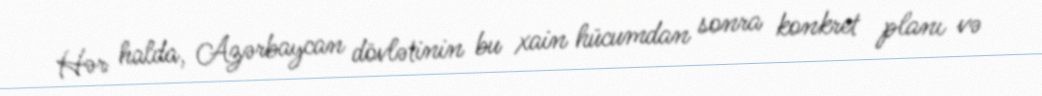
Hər halda, Azərbaycan dövlətinin bu xain hücumdan sonra konkret planı və